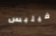
فيلبس